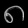
Digit: ၈